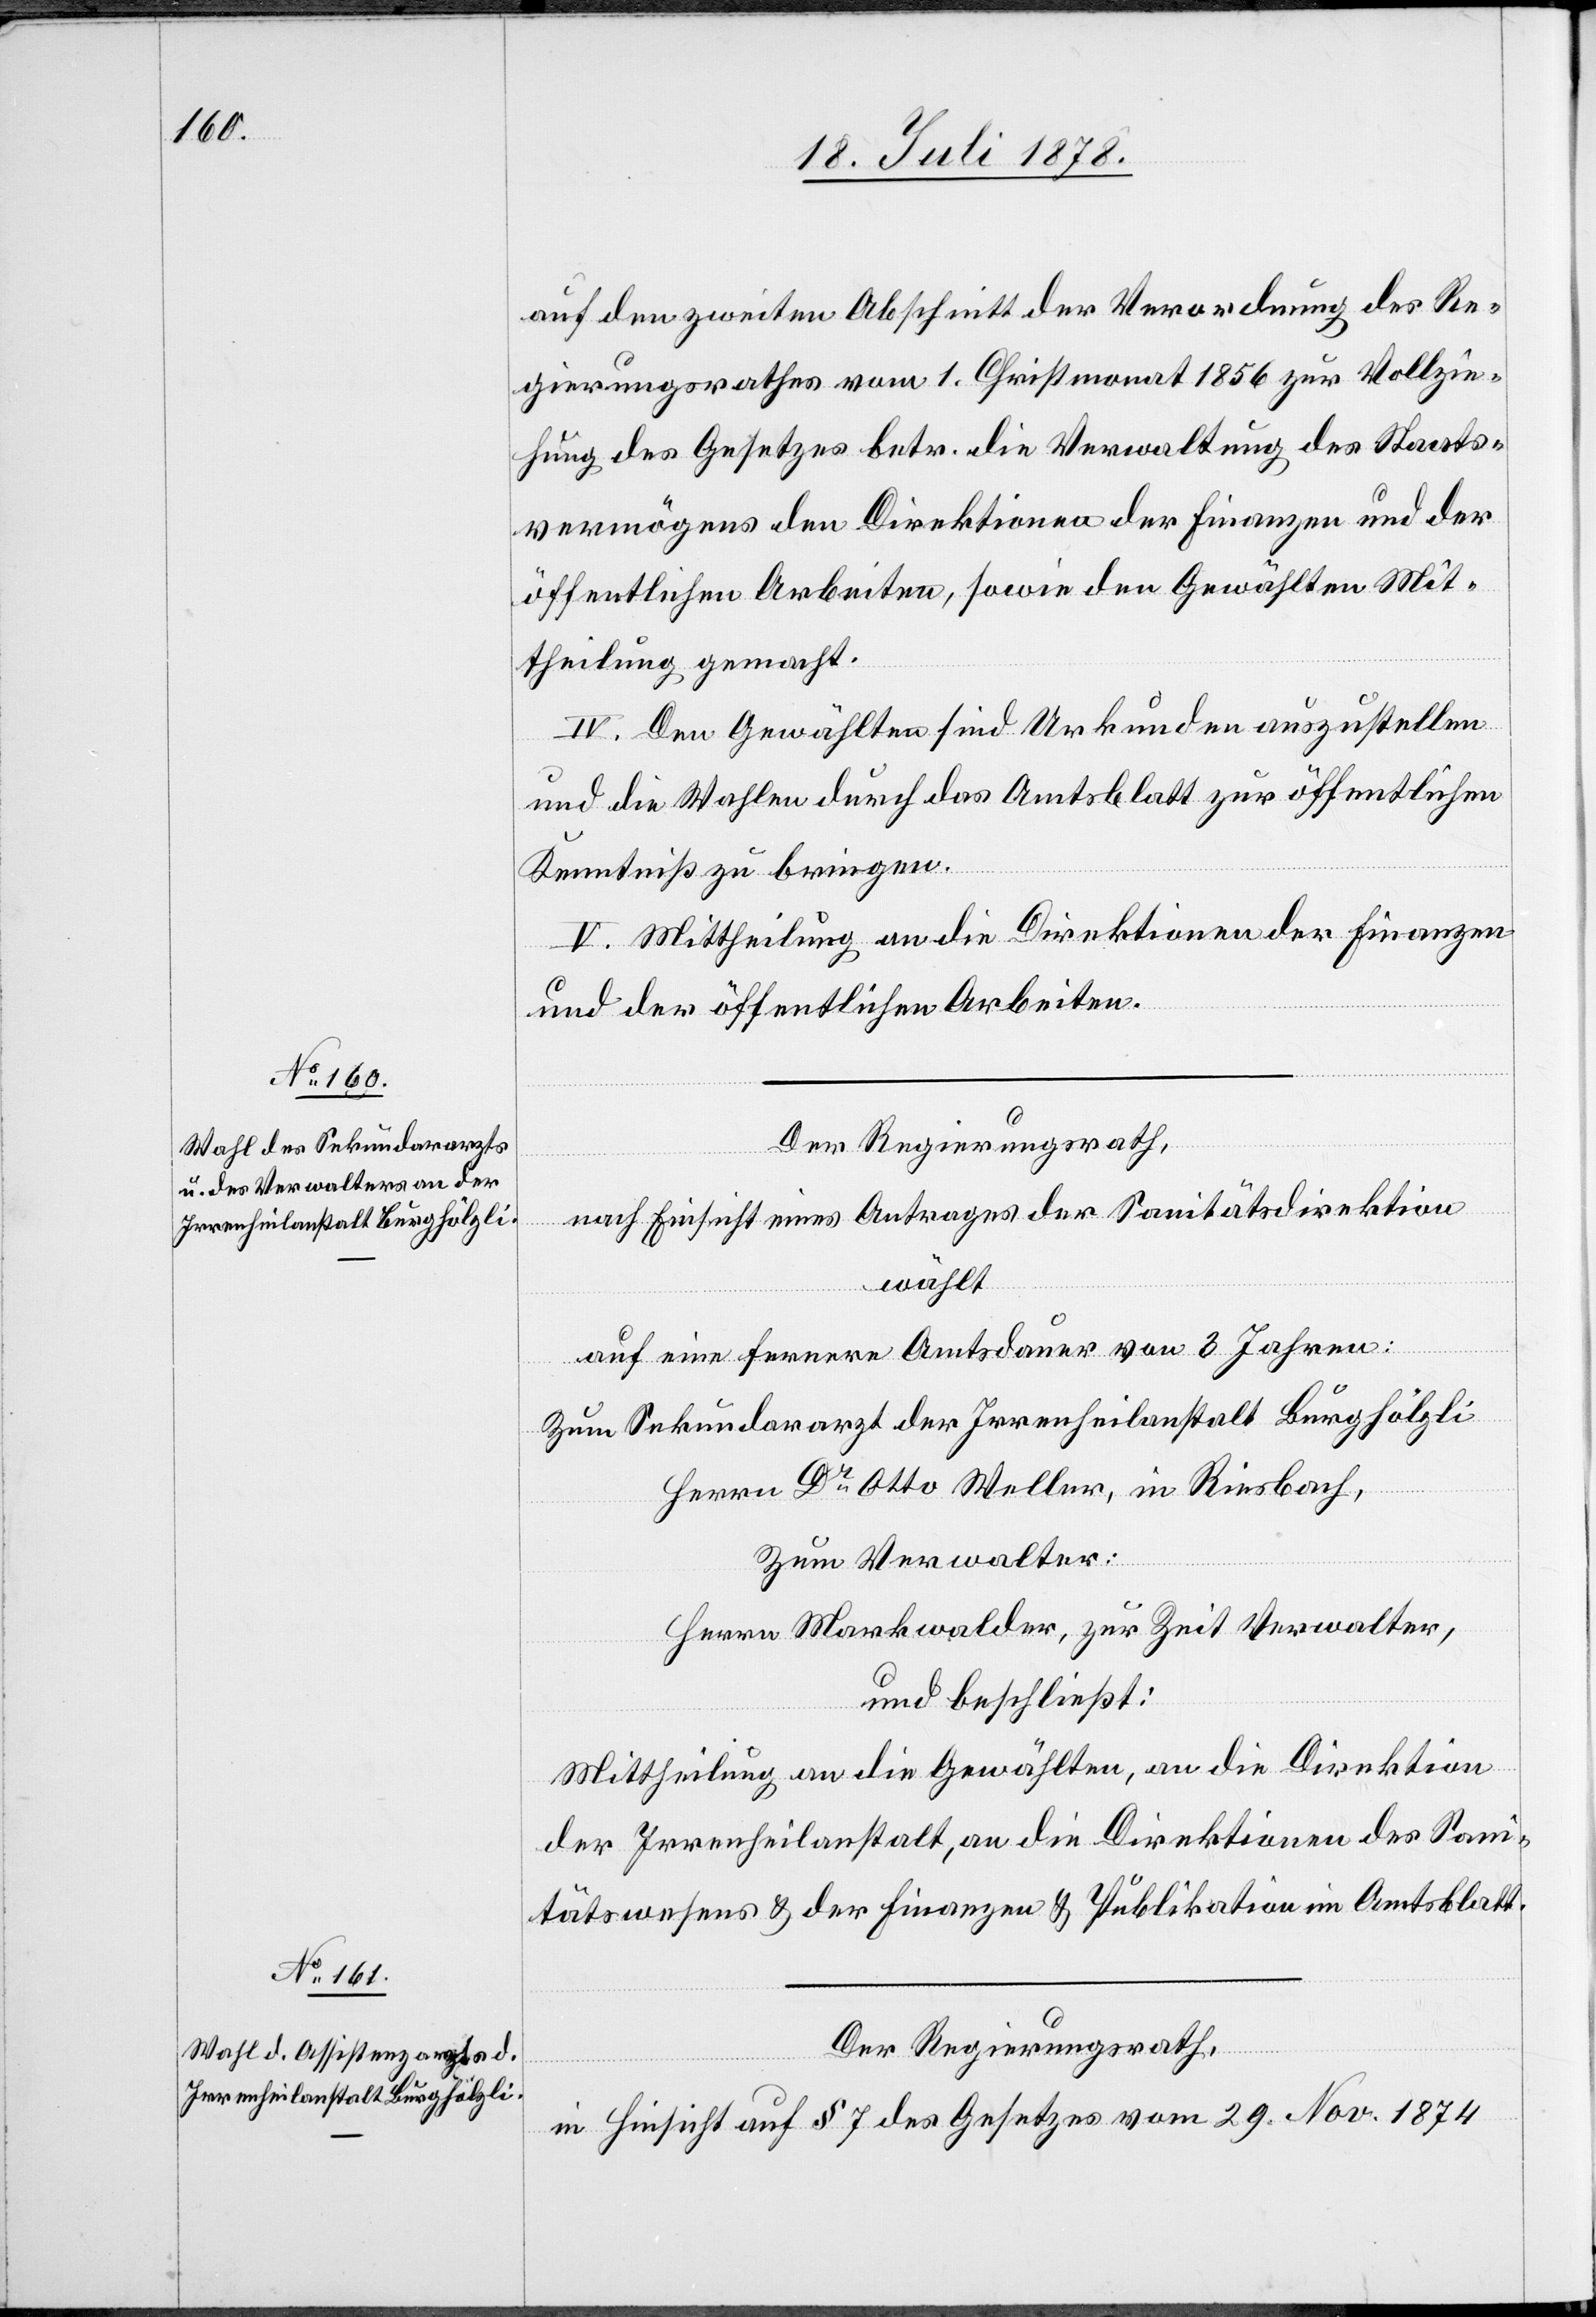
auf den zweiten Abschnitt der Verordnung des Re¬
gierungsrathes vom 1. Christmonat 1856 zur Vollzie¬
hung des Gesetzes betr. die Verwaltung des Staats¬
vermögens den Direktionen der Finanzen und der
öffentlichen Arbeiten, sowie den Gewählten Mit¬
theilung gemacht.
IV. Den Gewählten sind Urkunden auszustellen
und die Wahlen durch das Amtsblatt zur öffentlichen
Kenntniß zu bringen.
V. Mittheilung an die Direktionen der Finanzen
und der öffentlichen Arbeiten.
Der Regierungsrath,
nach Einsicht eines Antrages der Sanitätsdirektion
wählt
auf eine fernere Amtsdauer von 3 Jahren:
Zum Sekundararzt der Irrenheilanstalt Burghölzli
Herrn Dr Otto Weller, in Riesbach,
Zum Verwalter:
Herrn Markwalder, zur Zeit Verwalter,
und beschließt:
Mittheilung an die Gewählten, an die Direktion
der Irrenheilanstalt, an die Direktionen des Sani¬
tätswesens & der Finanzen & Publikation im Amtsblatt.
Der Regierungsrath,
in Hinsicht auf § 7 des Gesetzes vom 29. Nov. 1874